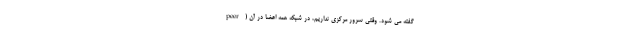
peer) گفته می شود. وقتی سرور مرکزی نداریم، در شبکه همه اعضا در آن